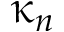
\upkappa _ { n }